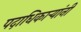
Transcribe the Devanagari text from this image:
पदाधिकार्‍यांनी